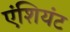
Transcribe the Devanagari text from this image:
एंशियंट